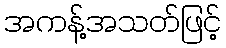
အကန့်အသတ်ဖြင့်